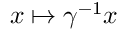
x \mapsto \gamma ^ { - 1 } x